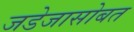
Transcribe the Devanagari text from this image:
जडेजासोबत